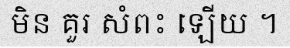
មិន គួរ សំពះ ឡើយ ។